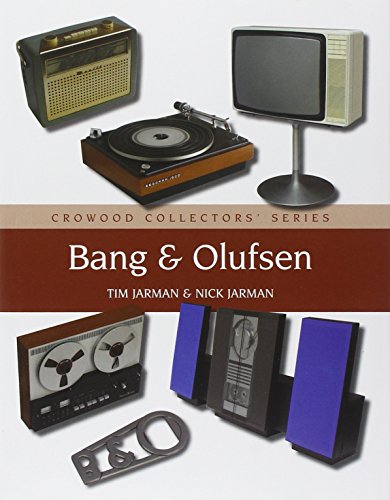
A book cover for Bang & Olufsen (Crowood Collectors' Series); Tim Jarman; Crafts, Hobbies & Home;